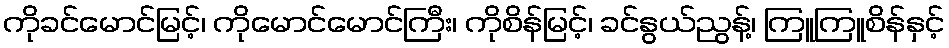
ကိုခင်မောင်မြင့်၊ ကိုမောင်မောင်ကြီး၊ ကိုစိန်မြင့်၊ ခင်နွယ်ညွန့်၊ ကြူကြူစိန်နှင့်